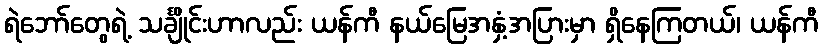
ရဲဘော်တွေရဲ့ သင်္ချိုင်းဟာလည်း ယန်ကီ နယ်မြေအနှံ့အပြားမှာ ရှိနေကြတယ်၊ ယန်ကီ